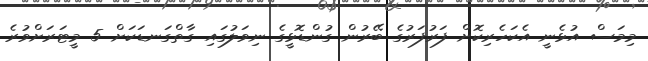
މިމަސް އުޅެނީ އެކަހެރިކޮށް ފަރުފަރުގެ ބޭރުން ގުންޑޮޅީގެ ނިވަލުގައި ގާތްގަނޑަކަށް 5 މީޓަރަށްވުރެ